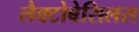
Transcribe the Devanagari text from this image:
लैक्टोबेसिलस